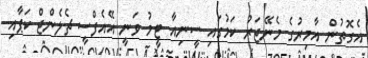
އެގޮތުން އާމިރުގެ މެނޭޖަރު ކަމުގައި ސީނިއާ ޓީމު ވަނީ އޭއެފްސީ ޗެލެންޖް ކަޕާއި